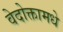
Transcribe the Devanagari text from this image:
वेदोक्तामधे